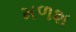
મળશ